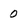
Character: 0